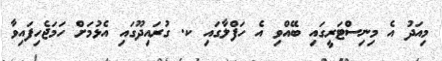
މިއަދު އެ މިނިސްޓަރީގައި ބޭއްވި އެ ހަފްލާގައި ކ. ގުރައިދޫގައި އެޅުމަށް ހަމަޖެހިފައިވާ